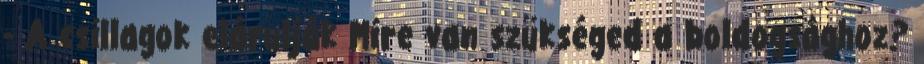
- A csillagok elárulják Mire van szükséged a boldogsághoz?